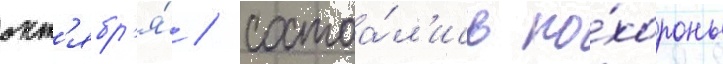
окт'ябр'я́ / состоа́л'ись по́хороны